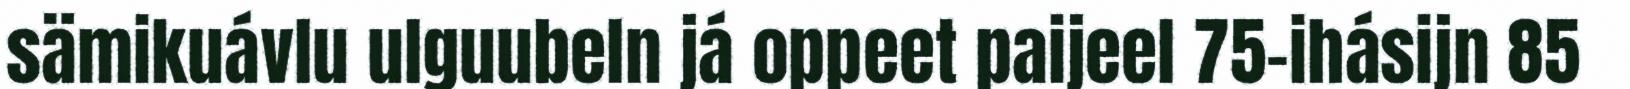
sämikuávlu ulguubeln já oppeet paijeel 75-ihásijn 85